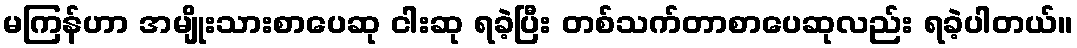
မကြန်ဟာ အမျိုးသားစာပေဆု ငါးဆု ရခဲ့ပြီး တစ်သက်တာစာပေဆုလည်း ရခဲ့ပါတယ်။